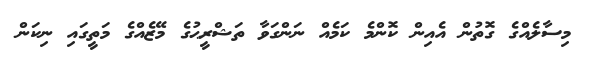
މިސާލެއްގެ ގޮތުން އެއިން ކޮންމެ ކަމެއް ނަންގަވާ ތަޝްރީޙުގެ މޭޒެއްގެ މަތީގައި ނިކަން